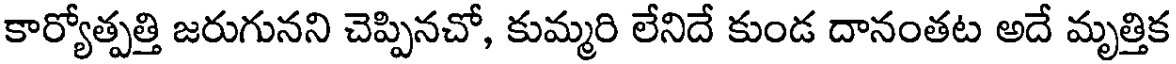
కార్యోత్పత్తి జరుగునని చెప్పినచో, కుమ్మరి లేనిదే కుండ దానంతట అదే మృత్తిక